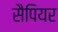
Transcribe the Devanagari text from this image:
सैपियर